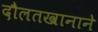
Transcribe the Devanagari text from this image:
दौलतखानाने